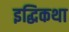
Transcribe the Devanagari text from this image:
इद्धिकथा